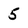
Character: 5